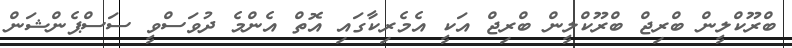
ބްރޫކްލީން ބްރިޖް ބްރޫކްލީން ބްރިޖް އަކީ އެމެރިކާގައި އޮތް އެންމެ ދުވަސްވީ ސަސްޕެންޝަން